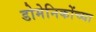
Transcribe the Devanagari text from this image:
डोमेनिकोंच्या